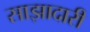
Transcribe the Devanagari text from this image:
साझादारी